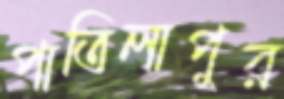
পাতিলাপুর